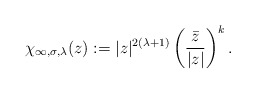
\begin{align*} \chi_{\infty,\sigma,\lambda}(z):=|z|^{2(\lambda+1)}\left(\frac{\bar{z}}{|z|}\right)^{k}.\end{align*}